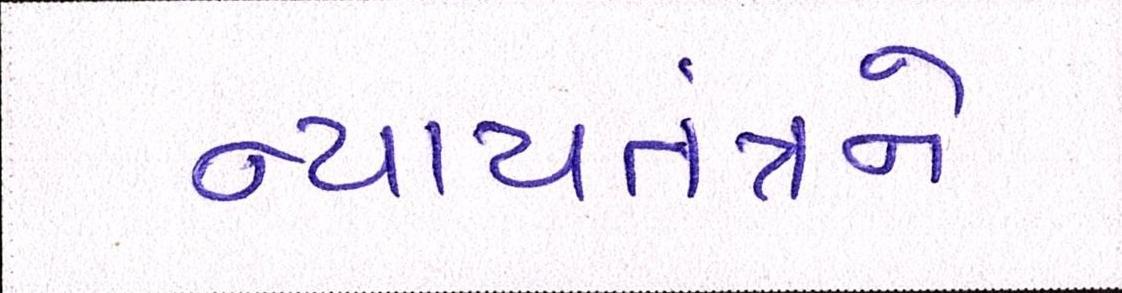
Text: ન્યાયતંત્રને